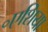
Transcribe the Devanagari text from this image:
॰एशिया